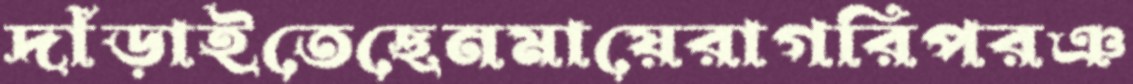
দাঁড়াইতেছেনমায়েরাগরিপরঞ